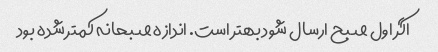
اگر اول صبح ارسال شود بهتر است. اندازه صبحانه کمتر شده بود